Rangoon Lunatic Asylum 1898-1906 - 1898-1906
Year: 1898
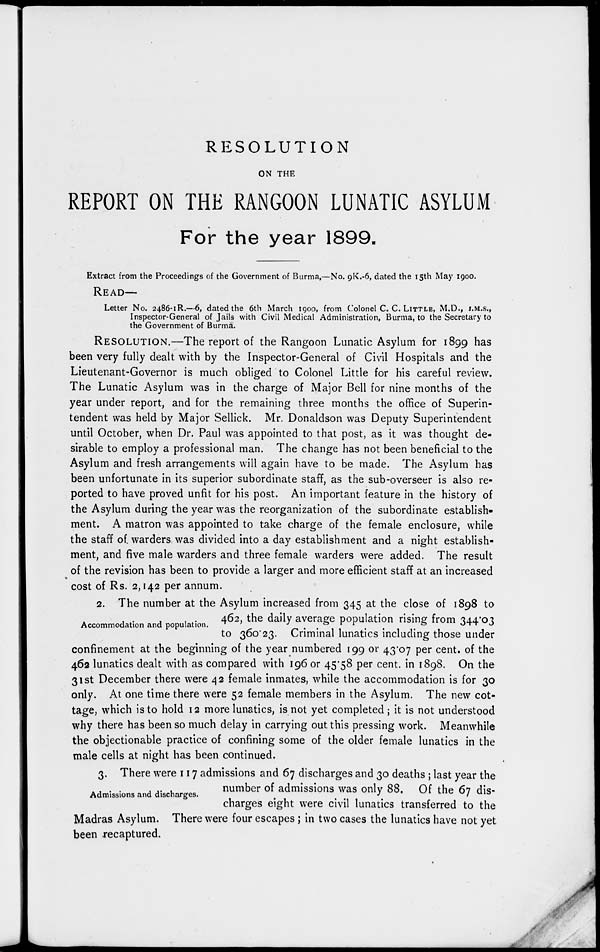
RESOLUTION
ON THE
REPORT ON THE RANGOON LUNATIC ASYLUM
For the year 1899.
Extract from the Proceedings of the Government of Burma,—No. 9K.-6, dated the 15th May 1900.
READ—
Letter No. 2486-1R.—6, dated the 6th March 1900, from Colonel C. C. LITTLE, M.D., I.M.S.,
Inspector-General of Jails with Civil Medical Administration, Burma, to the Secretary to
the Government of Burma.
RESOLUTION.—The report of the Rangoon Lunatic Asylum for 1899 has
been very fully dealt with by the Inspector-General of Civil Hospitals and the
Lieutenant-Governor is much obliged to Colonel Little for his careful review.
The Lunatic Asylum was in the charge of Major Bell for nine months of the
year under report, and for the remaining three months the office of Superin-
tendent was held by Major Sellick. Mr. Donaldson was Deputy Superintendent
until October, when Dr. Paul was appointed to that post, as it was thought de-
sirable to employ a professional man. The change has not been beneficial to the
Asylum and fresh arrangements will again have to be made. The Asylum has
been unfortunate in its superior subordinate staff, as the sub-overseer is also re-
ported to have proved unfit for his post. An important feature in the history of
the Asylum during the year was the reorganization of the subordinate establish-
ment. A matron was appointed to take charge of the female enclosure, while
the staff of. warders was divided into a day establishment and a night establish-
ment, and five male warders and three female warders were added. The result
of the revision has been to provide a larger and more efficient staff at an increased
cost of Rs. 2,142 per annum.
Accommodation and population.
2. The number at the Asylum increased from 345 at the close of 1898 to
462, the daily average population rising from 344.03
to 360.23. Criminal lunatics including those under
confinement at the beginning of the year numbered 199 or 43.07 per cent. of the
462 lunatics dealt with as compared with 196 or 45.58 per cent. in 1898. On the
31st December there were 42 female inmates, while the accommodation is for 30
only. At one time there were 52 female members in the Asylum. The new cot-
tage, which is to hold 12 more lunatics, is not yet completed ; it is not understood
why there has been so much delay in carrying out this pressing work. Meanwhile
the objectionable practice of confining some of the older female lunatics in the
male cells at night has been continued.
Admissions and discharges.
3. There were 117 admissions and 67 discharges and 30 deaths ; last year the
number of admissions was only 88. Of the 67 dis-
charges eight were civil lunatics transferred to the
Madras Asylum. There were four escapes; in two cases the lunatics have not yet
been recaptured.